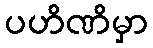
ပဟိဏိမှာ